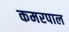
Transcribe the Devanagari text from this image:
कमरपाल